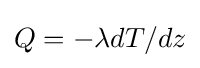
Q=-\lambda dT/dz